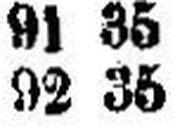
92 35